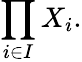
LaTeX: \prod_{i\in I}X_{i}.